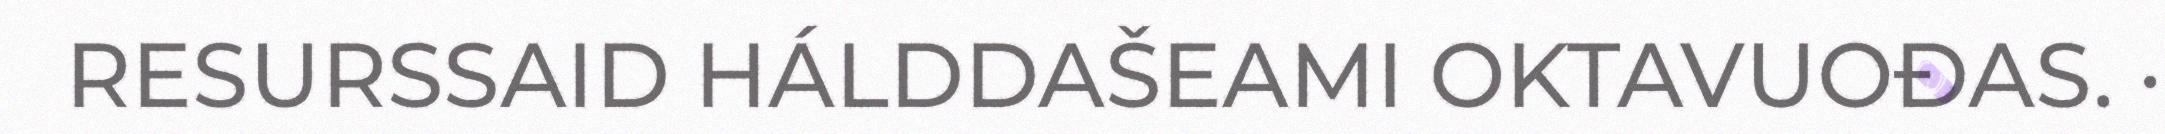
RESURSSAID HÁLDDAŠEAMI OKTAVUOĐAS. ·